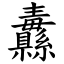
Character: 纛